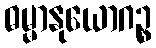
ဓမ္မာနုယောဂဉ္စ